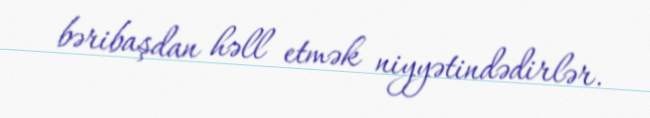
bəribaşdan həll etmək niyyətindədirlər.